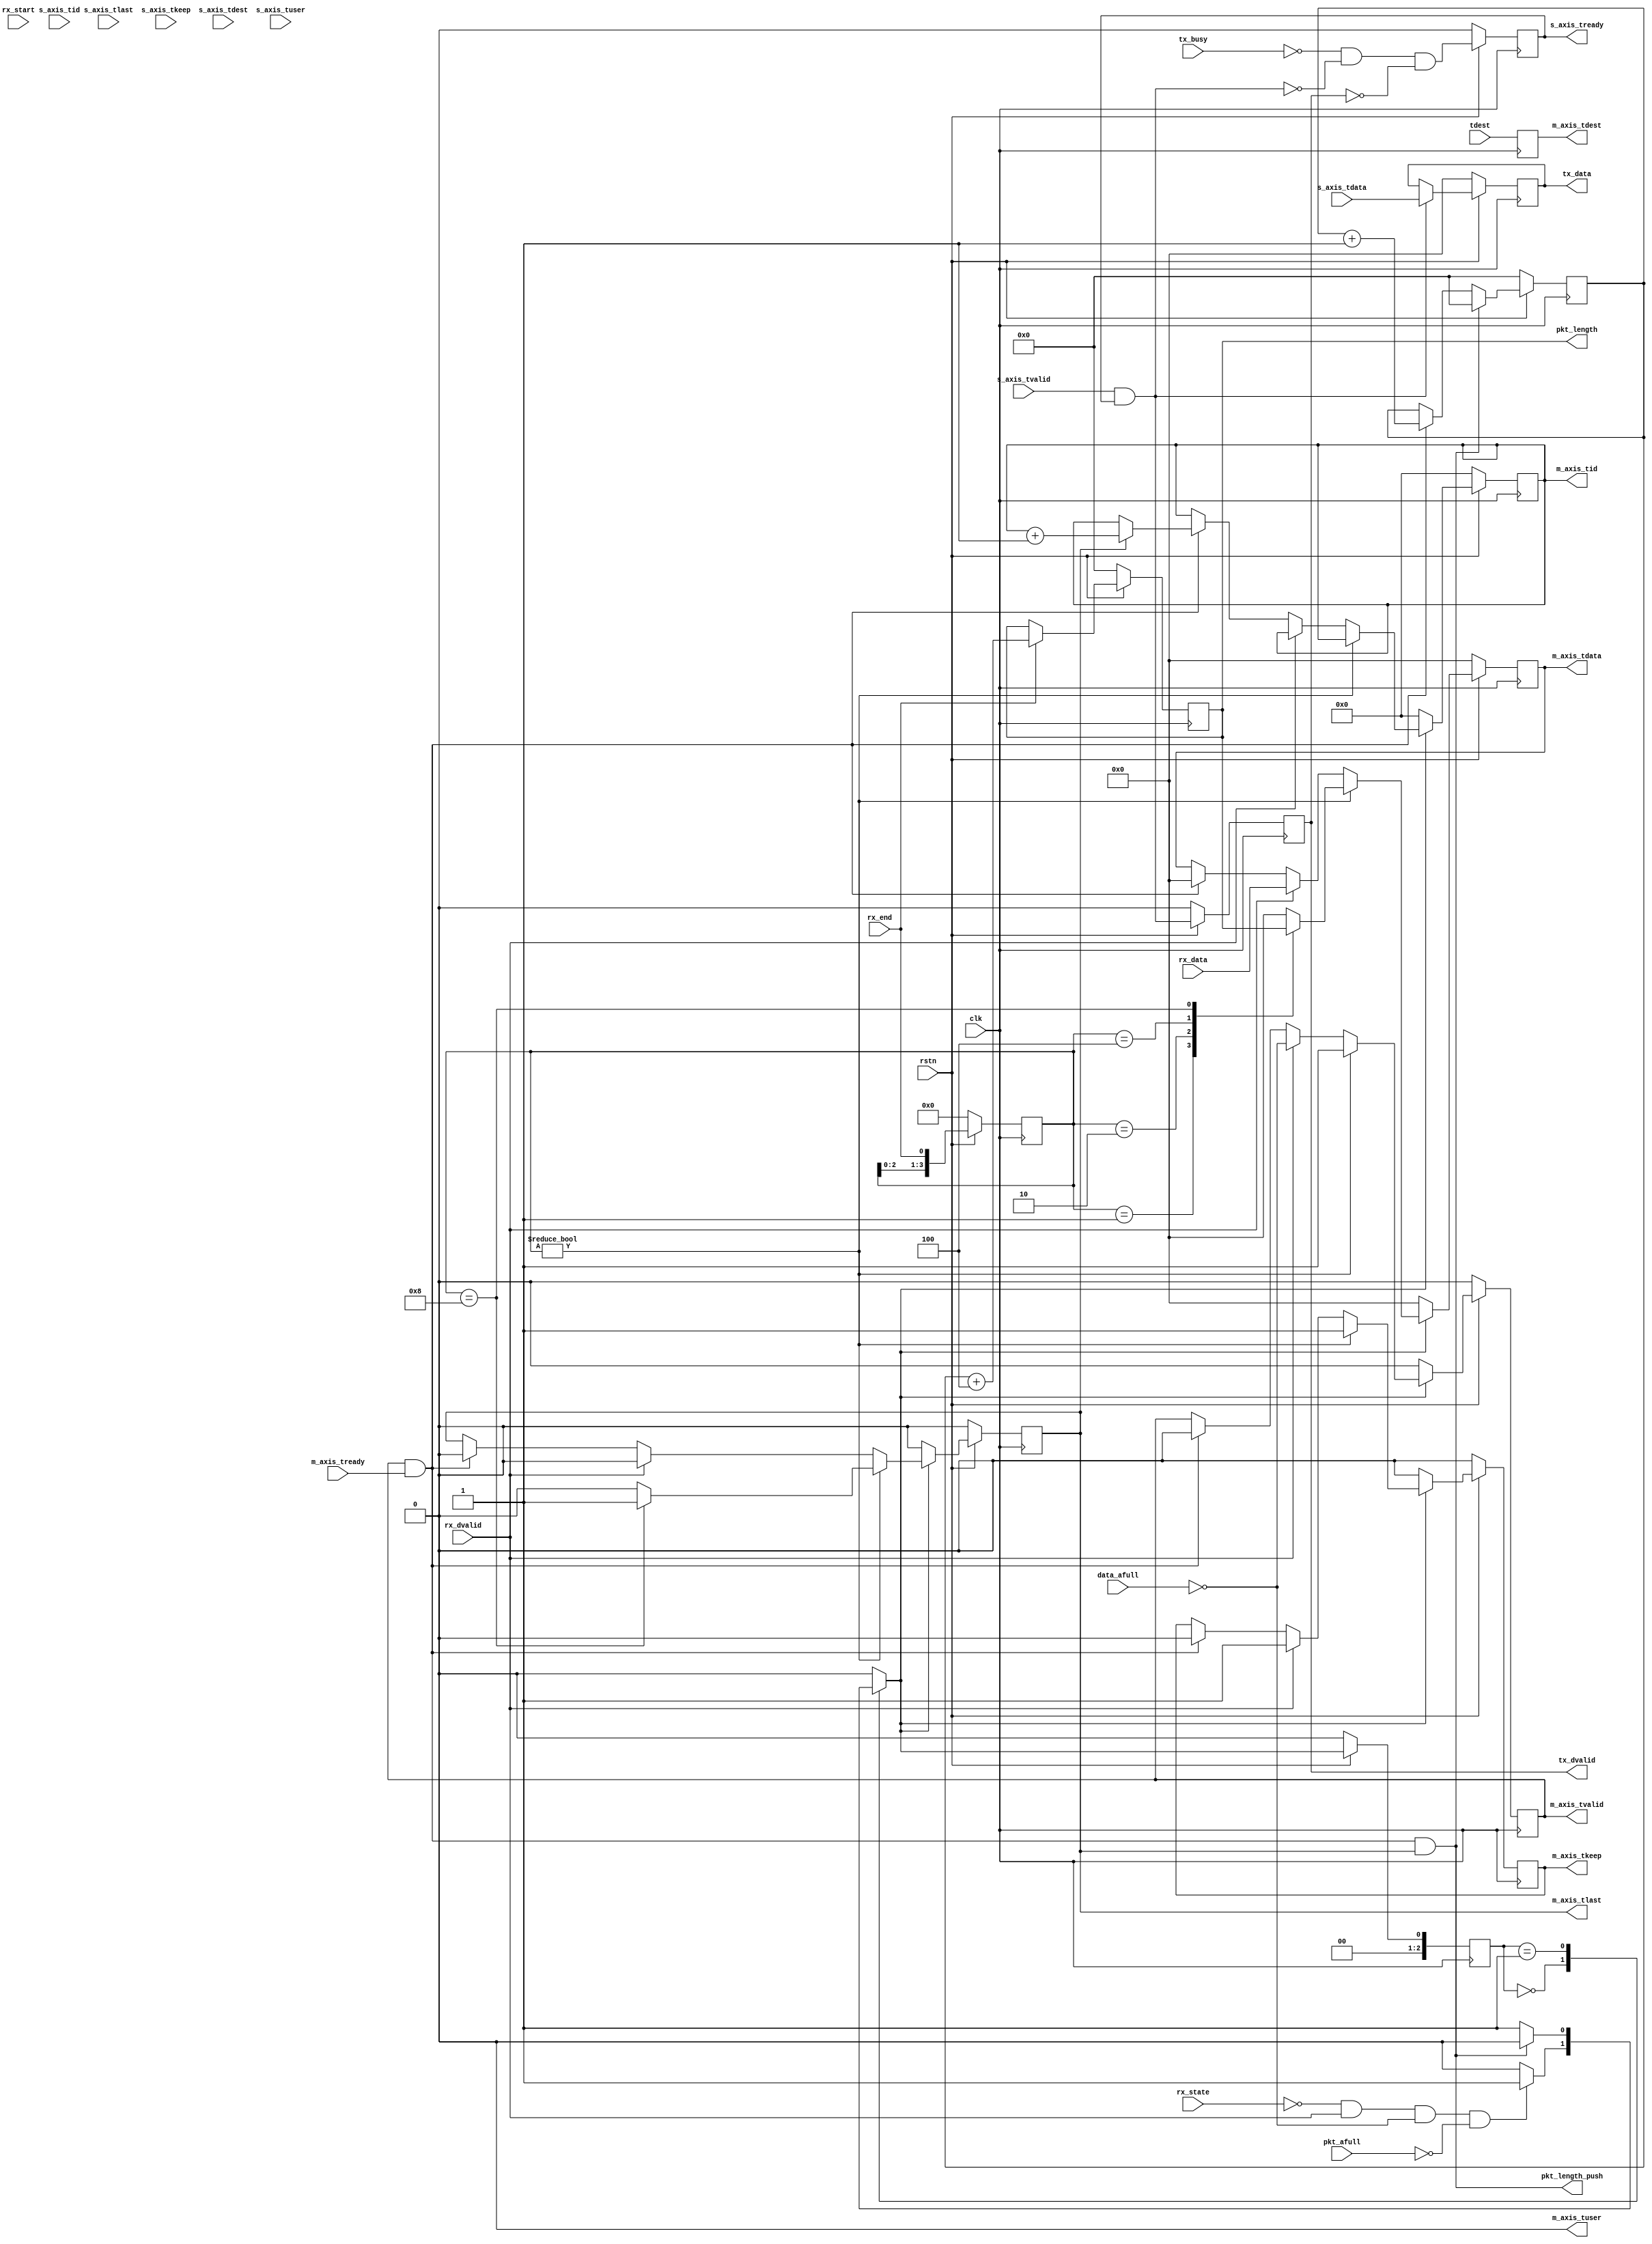
// verilog_format: off
`resetall
`timescale 1ns / 1ps
`default_nettype none
// verilog_format: on

module uart_native2stream (
    input wire clk,
    input wire rstn,

    input wire [4:0] tdest,  //

    input  wire [7:0] s_axis_tdata,
    input  wire       s_axis_tvalid,
    output reg        s_axis_tready,
    input  wire       s_axis_tlast,
    input  wire       s_axis_tkeep,
    input  wire [4:0] s_axis_tid,
    input  wire [4:0] s_axis_tdest,
    input  wire [0:0] s_axis_tuser,   //

    output reg  [ 7:0] m_axis_tdata,    //
    output reg         m_axis_tvalid,   //
    input  wire        m_axis_tready,   //
    output reg         m_axis_tlast,    //
    output reg         m_axis_tkeep,
    output reg  [ 4:0] m_axis_tid,
    output reg  [ 4:0] m_axis_tdest,
    output wire [ 0:0] m_axis_tuser,    //
    //
    input  wire        tx_busy,         //
    output reg         tx_dvalid,       //
    output reg  [ 7:0] tx_data,         //
    input  wire        rx_dvalid,       //
    input  wire [ 7:0] rx_data,         //
    //
    input  wire        rx_state,        //
    input  wire        rx_start,        //
    input  wire        rx_end,          //
    //
    output wire [31:0] pkt_length,
    output wire        pkt_length_push,

    input wire data_afull,  //
    input wire pkt_afull    //
);

    localparam [2:0] FSM_IDLE = 3'b000;
    localparam [2:0] FSM_ACTIVE = 3'b001;
    localparam [2:0] FSM_INACTIVE = 3'b010;

    reg [2:0] c_state;
    reg [2:0] n_state;
    reg  [31:0] rx_length;
    reg  [31:0] pkt_info;
    reg  [ 3:0] pkt_end_dd;

    wire        tx_active;
    wire        rx_active;

    reg  [31:0] data_lost_cnt;

    always @(posedge clk) begin
        if (!rstn) begin
            c_state <= FSM_IDLE;
        end else begin
            c_state <= n_state;
        end
    end

    always @(*) begin
        case (c_state)
            FSM_IDLE: begin
                if (~rx_state & rx_dvalid & ~data_afull & ~pkt_afull) begin
                    n_state = FSM_ACTIVE;
                end else begin
                    n_state = FSM_IDLE;
                end
            end
            FSM_ACTIVE: begin
                if (pkt_length_push) begin
                    n_state = FSM_IDLE;
                end else begin
                    n_state = FSM_ACTIVE;
                end
            end
            default: n_state = FSM_IDLE;
        endcase
    end

    assign tx_active       = s_axis_tvalid & s_axis_tready;
    assign rx_active       = m_axis_tvalid & m_axis_tready;
    assign m_axis_tuser    = 0;

    assign pkt_length_push = rx_active & m_axis_tlast;
    assign pkt_length      = pkt_info[31:0];

    always @(posedge clk) begin
        if (!rstn) begin
            pkt_end_dd <= 0;
            pkt_info   <= 0;
        end else begin
            pkt_end_dd <= {pkt_end_dd[2:0], rx_end};
            if (rx_end) begin
                pkt_info <= rx_length + 4;
            end
        end
    end

    // ***************************************************************************************
    // rx stream
    // ***************************************************************************************
    always @(posedge clk) begin
        if (!rstn) begin
            m_axis_tvalid <= 1'b0;
            m_axis_tdata  <= 8'h00;
            m_axis_tlast  <= 1'b0;
            m_axis_tkeep  <= 1'b0;
            m_axis_tdest  <= tdest;
            m_axis_tid    <= 5'h00;
        end else begin
            m_axis_tdest <= tdest;
            case (n_state)
                FSM_ACTIVE: begin
                    if (pkt_end_dd) begin
                        case (pkt_end_dd)
                            4'b0001: m_axis_tdata <= pkt_info[3*8+:8];
                            4'b0010: m_axis_tdata <= pkt_info[2*8+:8];
                            4'b0100: m_axis_tdata <= pkt_info[1*8+:8];
                            4'b1000: m_axis_tdata <= pkt_info[0*8+:8];
                            default: m_axis_tdata <= 0;
                        endcase
                        m_axis_tvalid <= 1'b1;
                        m_axis_tlast  <= (pkt_end_dd == 4'b1000) ? 1'b1 : 1'b0;
                        m_axis_tkeep  <= 1'b1;
                        m_axis_tid    <= m_axis_tid;
                    end else if (rx_dvalid) begin
                        m_axis_tvalid <= ~(data_afull);
                        m_axis_tdata  <= rx_data;
                        m_axis_tlast  <= 1'b0;
                        m_axis_tkeep  <= 1'b1;
                        m_axis_tid    <= m_axis_tid;
                    end else if (rx_active) begin
                        m_axis_tvalid <= 1'b0;
                        m_axis_tdata  <= 8'h00;
                        m_axis_tlast  <= 1'b0;
                        m_axis_tkeep  <= 1'b0;
                        m_axis_tid    <= (m_axis_tlast) ? (m_axis_tid + 1) : m_axis_tid;
                    end else begin
                        m_axis_tvalid <= m_axis_tvalid;
                        m_axis_tdata  <= m_axis_tdata;
                        m_axis_tlast  <= m_axis_tlast;
                        m_axis_tkeep  <= m_axis_tkeep;
                        m_axis_tid    <= m_axis_tid;
                    end
                end
                default: begin
                    m_axis_tvalid <= 1'b0;
                    m_axis_tdata  <= 8'h00;
                    m_axis_tlast  <= 1'b0;
                    m_axis_tkeep  <= 1'b0;
                    m_axis_tid    <= 5'h00;
                end
            endcase
        end
    end

    always @(posedge clk) begin
        if (!rstn) begin
            rx_length <= 0;
        end else begin
            if (rx_active & m_axis_tlast) begin
                rx_length <= 0;
            end else if (rx_active) begin
                rx_length <= rx_length + 1;
            end
        end
    end

    always @(posedge clk) begin
        if (!rstn) begin
            data_lost_cnt <= 0;
        end else begin
            if (rx_active & m_axis_tlast) begin
                data_lost_cnt <= 0;
            end else if (rx_dvalid & ~data_afull) begin
                if (data_lost_cnt < 32'hFFFFFFFF) begin
                    data_lost_cnt <= data_lost_cnt + 1;
                end
            end
        end
    end

    // ***************************************************************************************
    // tx stream
    // ***************************************************************************************
    always @(posedge clk) begin
        if (!rstn) begin
            s_axis_tready <= 1'b0;
        end else begin
            s_axis_tready <= ~tx_busy & ~tx_active & ~tx_dvalid;
        end
    end

    always @(posedge clk) begin
        if (!rstn) begin
            tx_data <= 0;
        end else begin
            if (tx_active) begin
                tx_data <= s_axis_tdata;
            end
        end
    end

    always @(posedge clk) begin
        if (!rstn) begin
            tx_dvalid <= 1'b0;
        end else begin
            tx_dvalid <= tx_active;
        end
    end

endmodule

// verilog_format: off
`resetall
// verilog_format: on